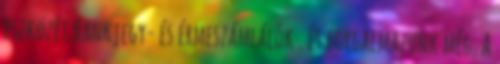
eszközét Bankjegy- és érmeszámlálók . és forgalmazunk még. A